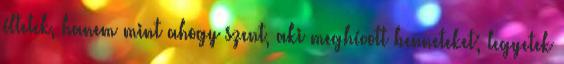
éltetek, hanem mint ahogy szent, aki meghívott benneteket; legyetek